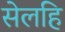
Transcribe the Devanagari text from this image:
सेलहि